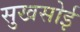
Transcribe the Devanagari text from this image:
सुखसोई